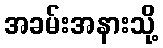
အခမ်းအနားသို့